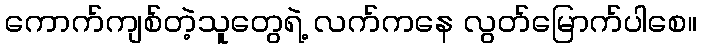
ကောက်ကျစ်တဲ့သူတွေရဲ့ လက်ကနေ လွတ်မြောက်ပါစေ။